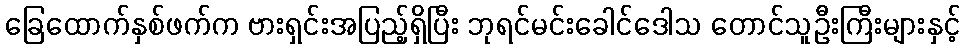
ခြေထောက်နှစ်ဖက်က ဗားရှင်းအပြည့်ရှိပြီး ဘုရင်မင်းခေါင်ဒေါသ တောင်သူဦးကြီးများနှင့်